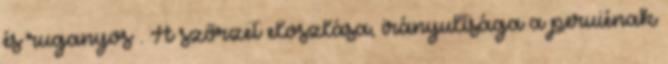
és ruganyos . A szőrzet eloszlása, irányultsága a peruiénak